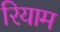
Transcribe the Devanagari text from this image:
रियाम